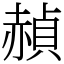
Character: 赬